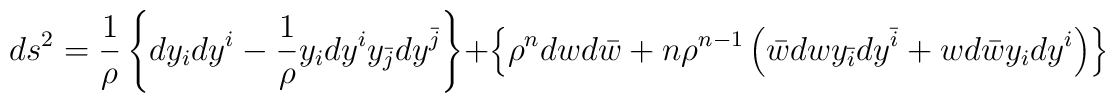
ds^2 = {\frac{1}{\rho}} \left\{ dy_i dy^i - {\frac{1}{\rho}} y_i dy^i y_{\bar j} dy^{\bar j} \right\} + \left\{ \rho^n dw d{\bar w} + n \rho^{n-1}\left({\bar w} dw y_{\bar i} dy^{\bar i} + w d{\bar w} y_i dy^i\right) \right\}